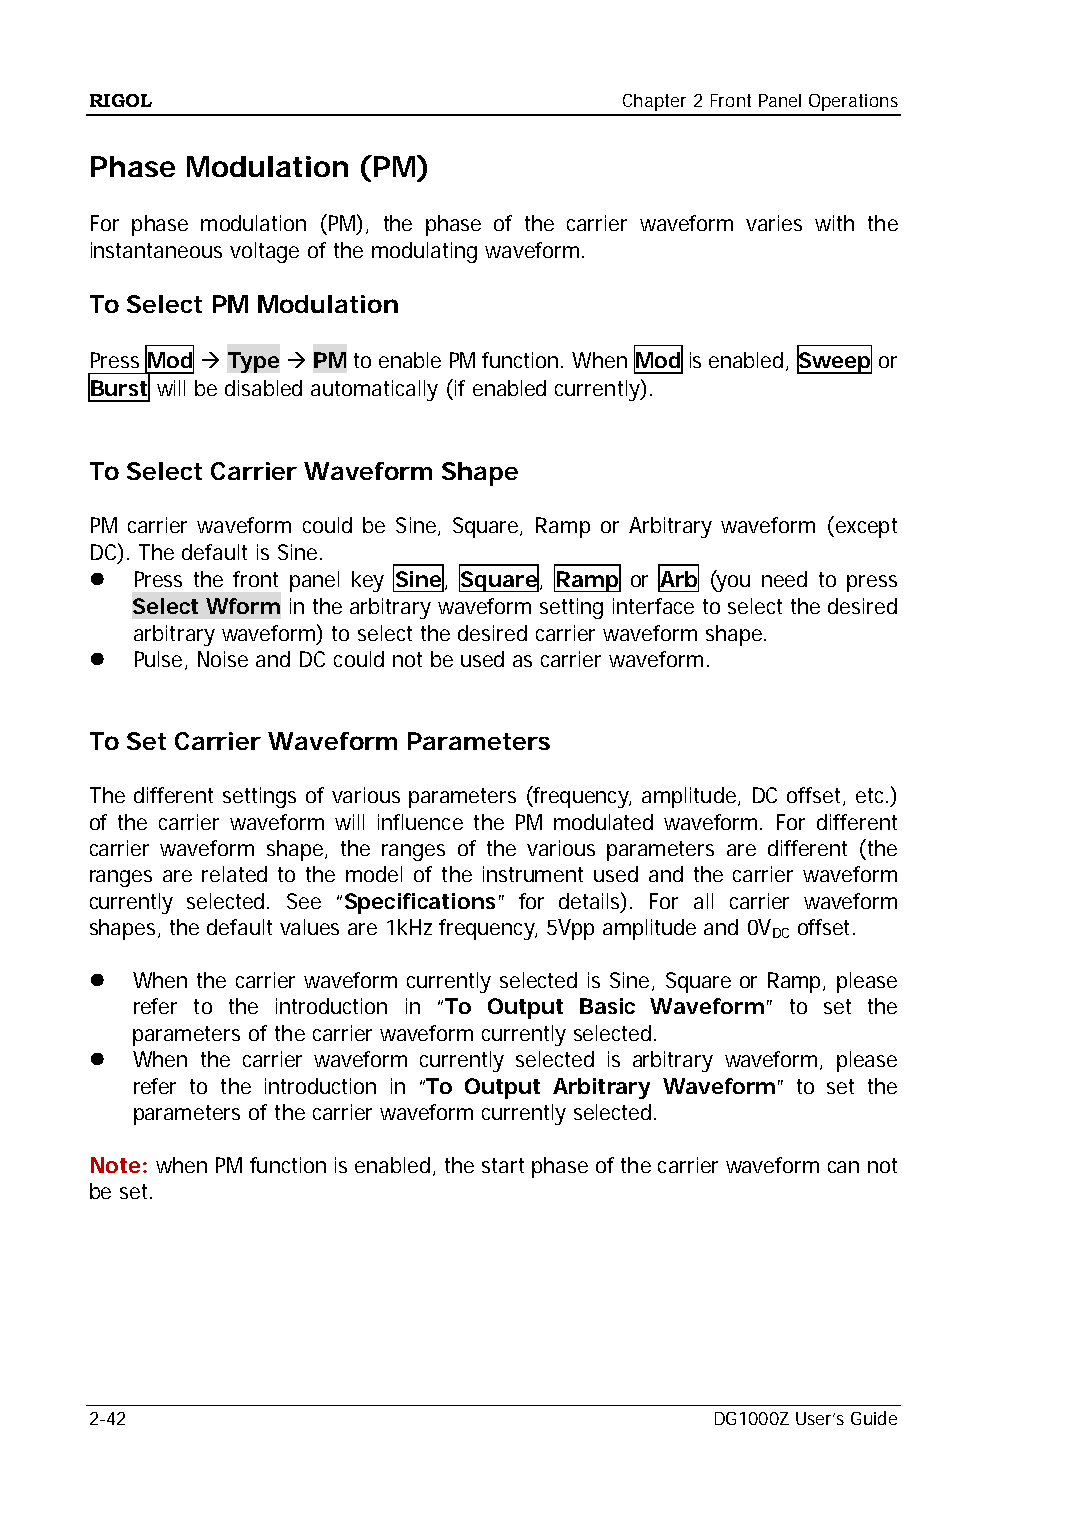
RIGOL                              Chapter 2 Front Panel Operations
 Phase Modulation  (PM)
 For phase modulation (PM), the phase of the carrier waveform varies with the
 instantaneous voltage of the modulating waveform.
 To Select PM Modulation
 Press Mod  Type  PM to enable PM function. When Mod is enabled, Sweep or
 Burst will be disabled automatically (if enabled currently).
 To Select Carrier Waveform Shape
 PM carrier waveform could be Sine, Square, Ramp or Arbitrary waveform (except
 DC). The default is Sine.
   Press the front panel key Sine, Square, Ramp or Arb (you need to press
 Select Wform in the arbitrary waveform setting interface to select the desired
 arbitrary waveform) to select the desired carrier waveform shape.
   Pulse, Noise and DC could not be used as carrier waveform.
 To Set Carrier Waveform Parameters
 The different settings of various parameters (frequency, amplitude, DC offset, etc.)
 of the carrier waveform will influence the PM modulated waveform. For different
 carrier waveform shape, the ranges of the various parameters are different (the
 ranges are related to the model of the instrument used and the carrier waveform
 currently selected. See “Specifications” for details). For all carrier waveform
 shapes, the default values are 1kHz frequency, 5Vpp amplitude and 0V offset.
 DC
   When the carrier waveform currently selected is Sine, Square or Ramp, please
 refer to the introduction in “To Output Basic Waveform” to set the
 parameters of the carrier waveform currently selected.
   When the carrier waveform currently selected is arbitrary waveform, please
 refer to the introduction in “To Output Arbitrary Waveform” to set the
 parameters of the carrier waveform currently selected.
 Note: when PM function is enabled, the start phase of the carrier waveform can not
 be set.
 2-42                                     DG1000Z User’s Guide